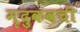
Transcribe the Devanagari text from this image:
मृदुकवची